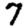
Digit: 7